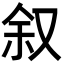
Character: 叙